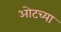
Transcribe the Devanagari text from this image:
ओटच्या